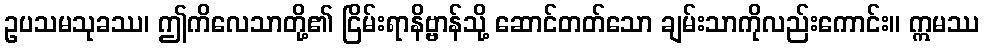
ဥပသမသုခဿ၊ ဤကိလေသာတို့၏ ငြိမ်းရာနိဗ္ဗာန်သို့ ဆောင်တတ်သော ချမ်းသာကိုလည်းကောင်း။ ဣမဿ